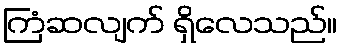
ကြံဆလျက် ရှိလေသည်။